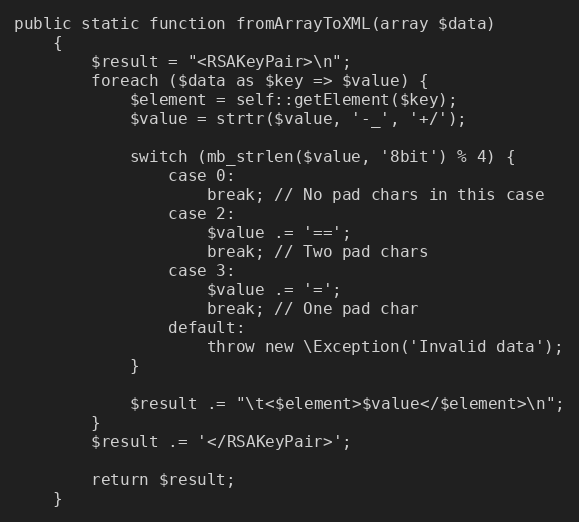
Language: PHP
public static function fromArrayToXML(array $data)
    {
        $result = "<RSAKeyPair>\n";
        foreach ($data as $key => $value) {
            $element = self::getElement($key);
            $value = strtr($value, '-_', '+/');

            switch (mb_strlen($value, '8bit') % 4) {
                case 0:
                    break; // No pad chars in this case
                case 2:
                    $value .= '==';
                    break; // Two pad chars
                case 3:
                    $value .= '=';
                    break; // One pad char
                default:
                    throw new \Exception('Invalid data');
            }

            $result .= "\t<$element>$value</$element>\n";
        }
        $result .= '</RSAKeyPair>';

        return $result;
    }